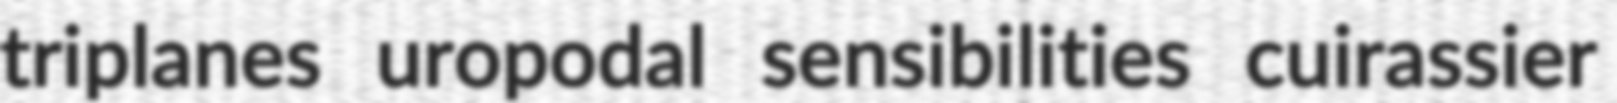
triplanes uropodal sensibilities cuirassier